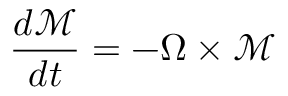
\frac { d \mathcal { M } } { d t } = - \Omega \times \mathcal { M }